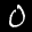
Label: 0